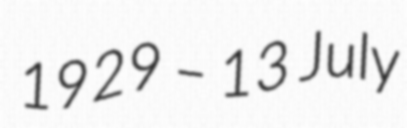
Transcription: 1929 – 13 July